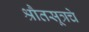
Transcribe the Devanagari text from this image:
श्रौतसूत्रचे